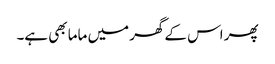
پھر اس کے گھر میں ماما بھی ہے۔